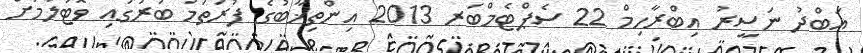
އަބްދު ނަސީރު އިބްރާހިމް 22 ސެޕްޓެމްބަރ 2013 އިންތިޚާބުގެ ފުރަތަމަ ބުރުގައި ވޮޓުލުމަށް